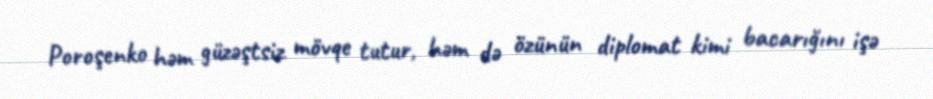
Poroşenko həm güzəştsiz mövqe tutur, həm də özünün diplomat kimi bacarığını işə